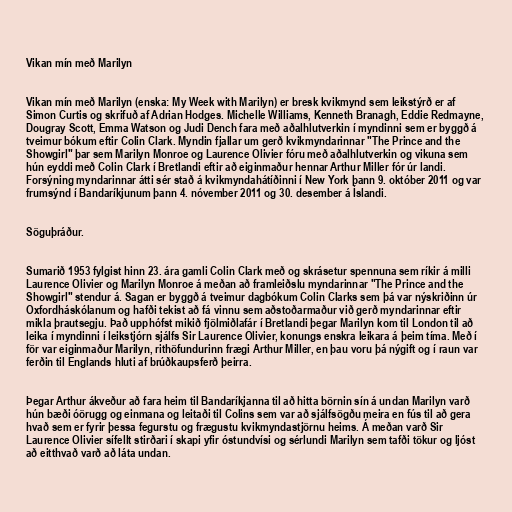
Vikan mín með Marilyn

Vikan mín með Marilyn (enska: My Week with Marilyn) er bresk kvikmynd sem leikstýrð er af
Simon Curtis og skrifuð af Adrian Hodges. Michelle Williams, Kenneth Branagh, Eddie Redmayne,
Dougray Scott, Emma Watson og Judi Dench fara með aðalhlutverkin í myndinni sem er byggð á
tveimur bókum eftir Colin Clark. Myndin fjallar um gerð kvikmyndarinnar "The Prince and the
Showgirl" þar sem Marilyn Monroe og Laurence Olivier fóru með aðalhlutverkin og vikuna sem
hún eyddi með Colin Clark í Bretlandi eftir að eiginmaður hennar Arthur Miller fór úr landi.
Forsýning myndarinnar átti sér stað á kvikmyndahátíðinni í New York þann 9. október 2011 og var
frumsýnd í Bandaríkjunum þann 4. nóvember 2011 og 30. desember á Íslandi.

Söguþráður.

Sumarið 1953 fylgist hinn 23. ára gamli Colin Clark með og skrásetur spennuna sem ríkir á milli
Laurence Olivier og Marilyn Monroe á meðan að framleiðslu myndarinnar "The Prince and the
Showgirl" stendur á. Sagan er byggð á tveimur dagbókum Colin Clarks sem þá var nýskriðinn úr
Oxfordháskólanum og hafði tekist að fá vinnu sem aðstoðarmaður við gerð myndarinnar eftir
mikla þrautsegju. Það upphófst mikið fjölmiðlafár í Bretlandi þegar Marilyn kom til London til að
leika í myndinni í leikstjórn sjálfs Sir Laurence Olivier, konungs enskra leikara á þeim tíma. Með í
för var eiginmaður Marilyn, rithöfundurinn frægi Arthur Miller, en þau voru þá nýgift og í raun var
ferðin til Englands hluti af brúðkaupsferð þeirra.

Þegar Arthur ákveður að fara heim til Bandaríkjanna til að hitta börnin sín á undan Marilyn varð
hún bæði óörugg og einmana og leitaði til Colins sem var að sjálfsögðu meira en fús til að gera
hvað sem er fyrir þessa fegurstu og frægustu kvikmyndastjörnu heims. Á meðan varð Sir
Laurence Olivier sífellt stirðari í skapi yfir óstundvísi og sérlundi Marilyn sem tafði tökur og ljóst
að eitthvað varð að láta undan.